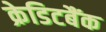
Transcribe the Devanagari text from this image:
क्रेडिटबैंक